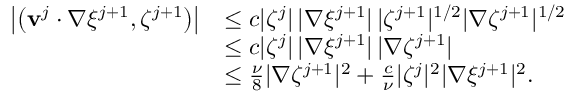
\begin{array} { r l } { \left| \left( \mathbf { v } ^ { j } \cdot \nabla \xi ^ { j + 1 } , \zeta ^ { j + 1 } \right) \right| } & { \leq c | \zeta ^ { j } | \, | \nabla \xi ^ { j + 1 } | \, | \zeta ^ { j + 1 } | ^ { 1 / 2 } | \nabla \zeta ^ { j + 1 } | ^ { 1 / 2 } } \\ & { \leq c | \zeta ^ { j } | \, | \nabla \xi ^ { j + 1 } | \, | \nabla \zeta ^ { j + 1 } | } \\ & { \leq \frac { \nu } { 8 } | \nabla \zeta ^ { j + 1 } | ^ { 2 } + \frac { c } { \nu } | \zeta ^ { j } | ^ { 2 } | \nabla \xi ^ { j + 1 } | ^ { 2 } . } \end{array}